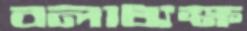
বলাধ্যক্ষ